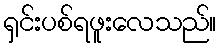
ရှင်းပစ်ရဖူးလေသည်။